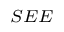
_ { S E E }